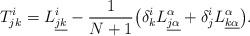
LaTeX: \begin{align*} T^i_{jk}=L^i_{\underline{jk}}- \frac1{N+1}\big(\delta^i_kL^\alpha_{\underline{j\alpha}}+ \delta^i_jL^\alpha_{\underline{k\alpha}}\big). \end{align*}